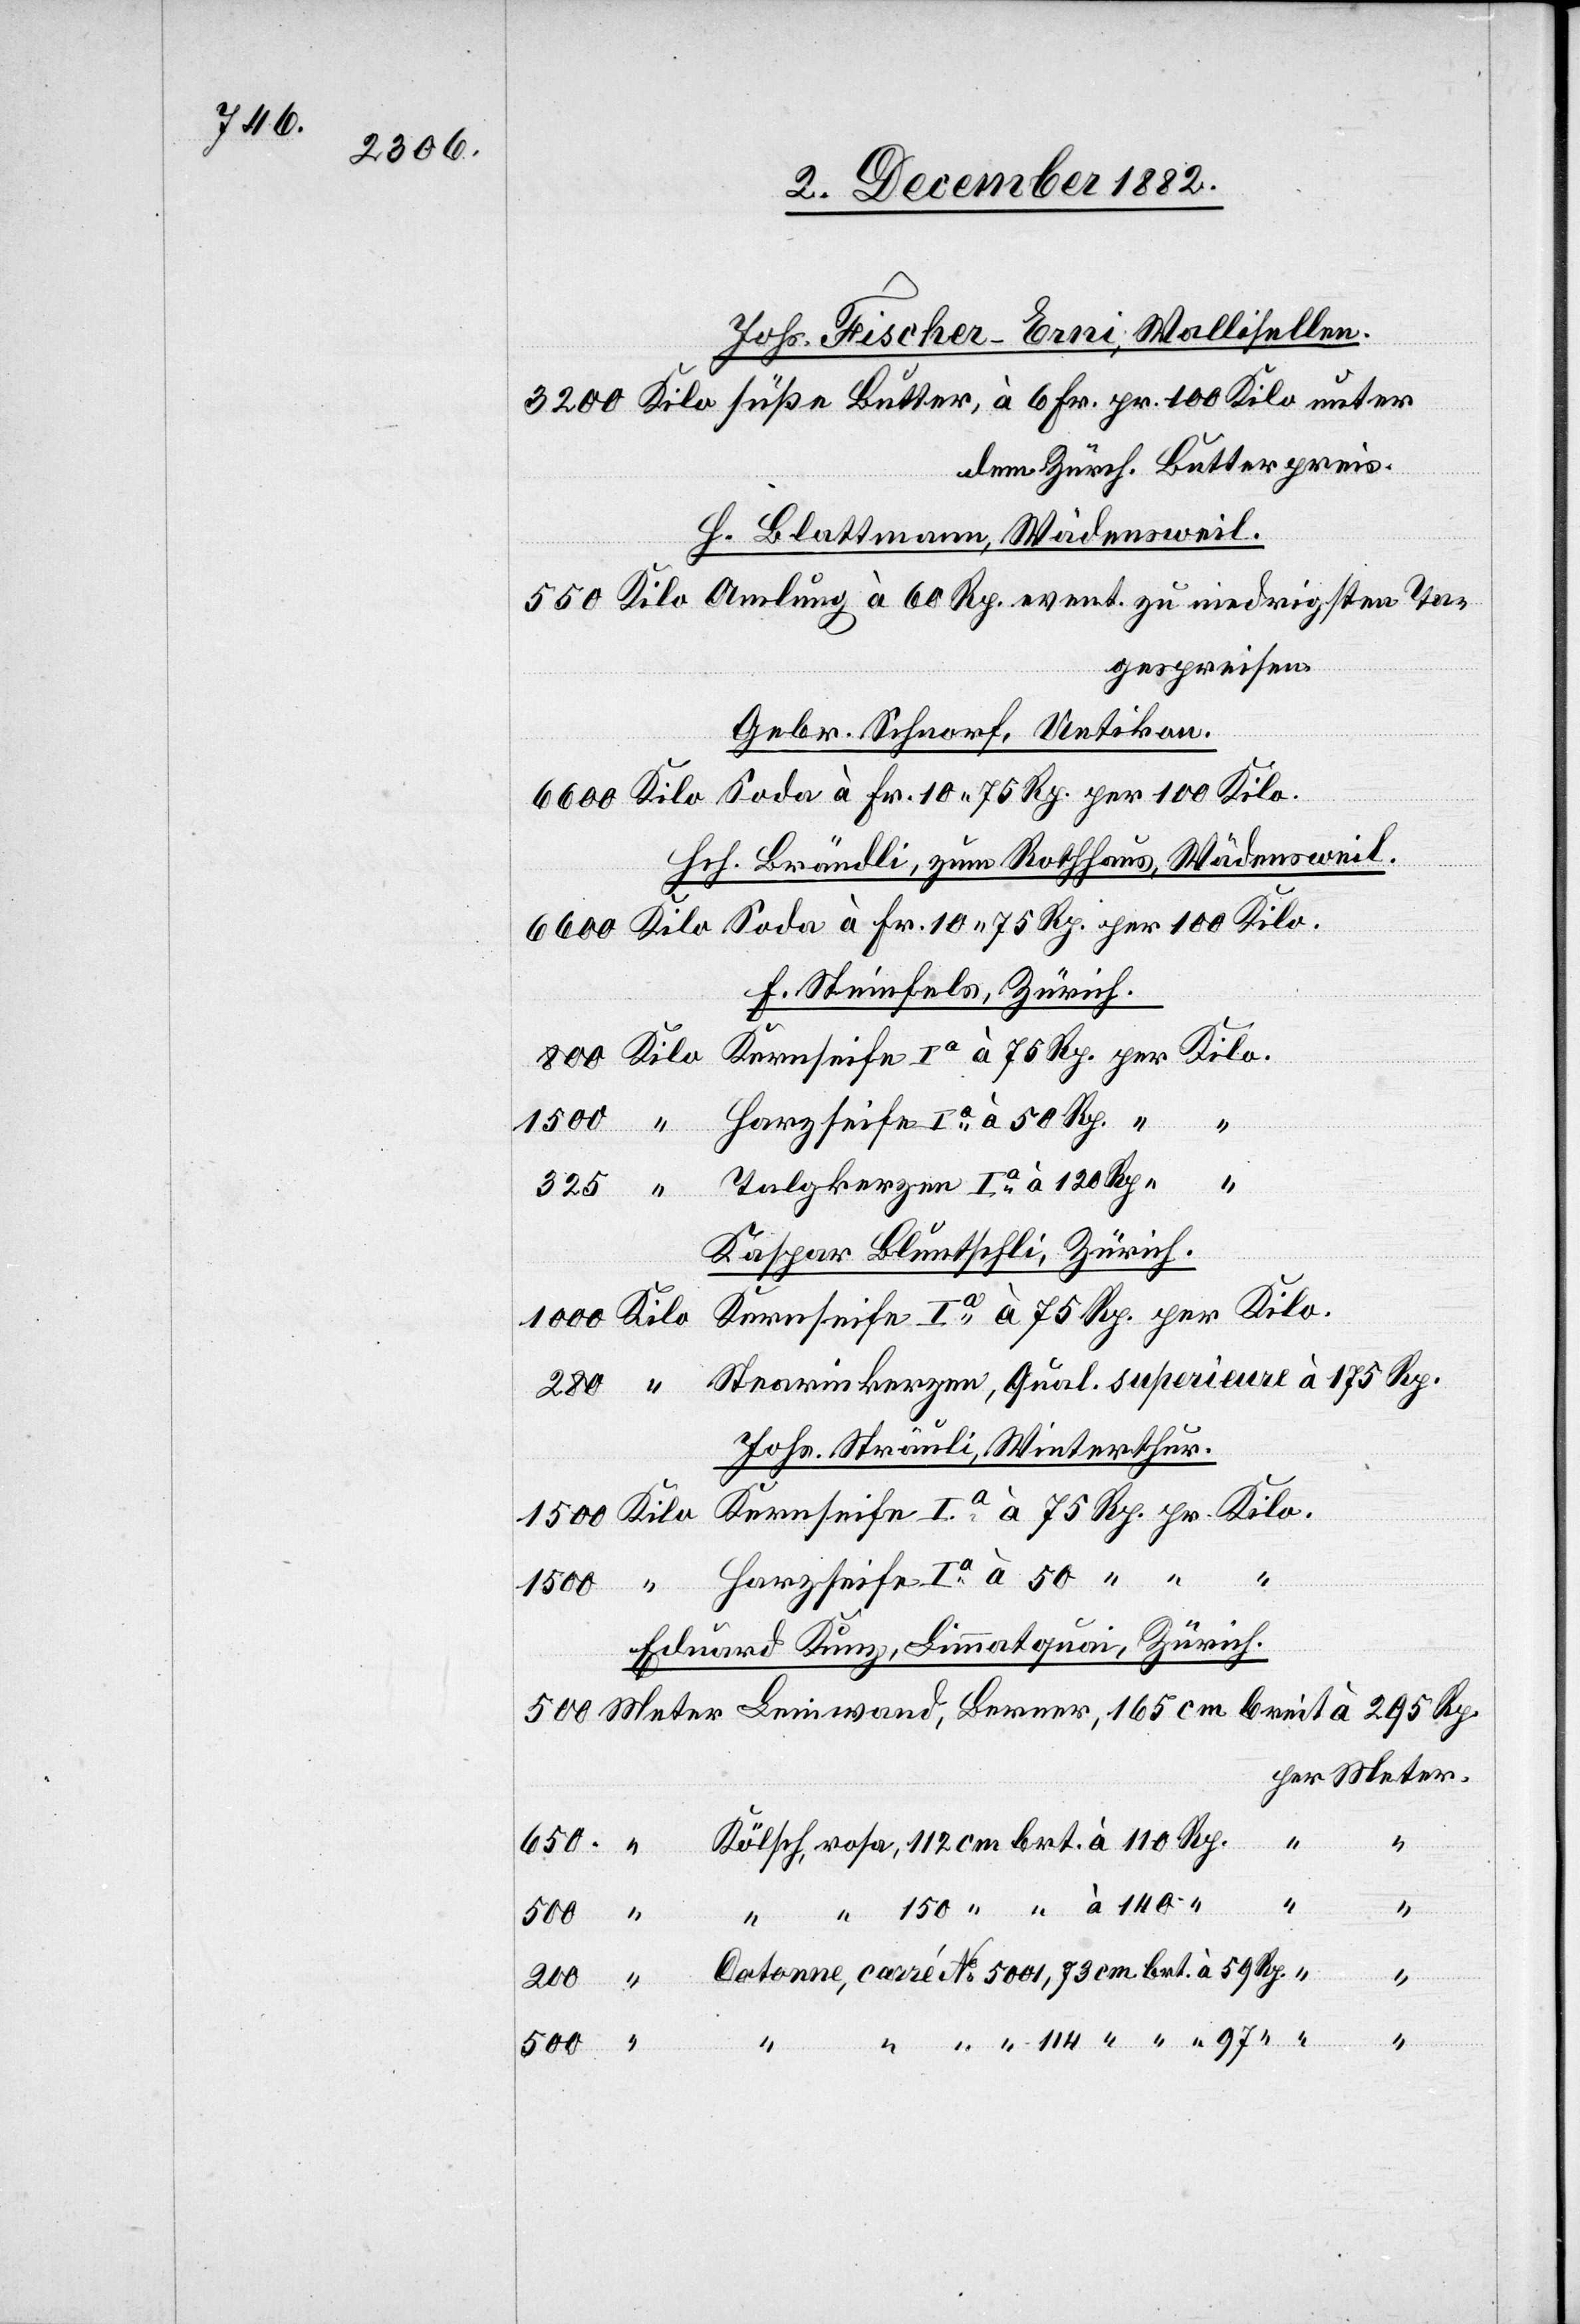
Johs. Fischer-Erni, Wallisellen.
dem Zürch. Butterpreis.
H. Blattmann, Wädensweil.
Amlung à 60 Rp. event. zu niedrigsten Ta¬
gespreisen.
Gebr. Schnorf, Uetikon.
Hch. Brändli, zum Rothhaus, Wädensweil.
F. Steinfels, Zürich.
rosa,
Kaspar Bluntschli, Zürich.
100 Kilo.
Johs. Sträuli, Winterthur.
Eduard Kunz, Limmatquai, Zürich.
Rp.
“
“